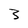
Character: 3